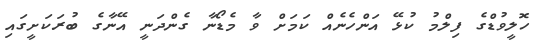
ހޮލީވުޑްގެ ފިލްމު ކުޅޭ އަންހެނެއް ކަމަށް ވާ މެޑޯނާ ގެންދަނީ އޭނާގެ ބުރަކަށީގައި